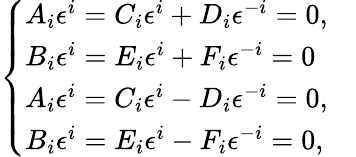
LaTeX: \left\{ \begin{array}{ll}{A_{i}\epsilon^{i}=C_{i}\epsilon^{i}+D_{i}\epsilon^{-i}=0,}&\\ {B_{i}\epsilon^{i}=E_{i}\epsilon^{i}+F_{i}\epsilon^{-i}=0}&\\ {A_{i}\epsilon^{i}=C_{i}\epsilon^{i}-D_{i}\epsilon^{-i}=0,}&\\ {B_{i}\epsilon^{i}=E_{i}\epsilon^{i}-F_{i}\epsilon^{-i}=0,}&\end{array}\right.